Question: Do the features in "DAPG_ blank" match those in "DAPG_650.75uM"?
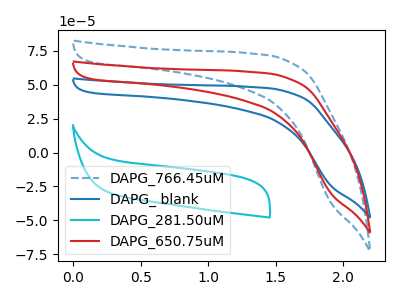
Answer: <think>The blue dashed curve "DAPG_766.45uM" has no peaks. The blue curve "DAPG_ blank" has no peaks. The cyan curve "DAPG_281.50uM" has no peaks. The red curve "DAPG_650.75uM" has no peaks.
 Neither "DAPG_ blank" or "DAPG_650.75uM" have any peaks.</think>
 <answer>"DAPG_ blank" and "DAPG_650.75uM" are similar in shape.</answer>
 <eval>same_shape</eval>